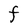
Character: F